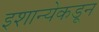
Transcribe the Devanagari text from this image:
इशान्येकडून